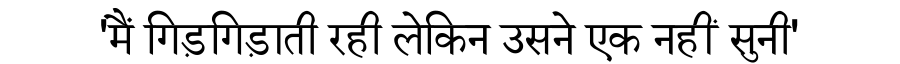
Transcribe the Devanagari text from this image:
'मैं गिड़गिड़ाती रही लेकिन उसने एक नहीं सुनी'